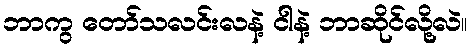
ဘာကွ တော်သလင်းလနဲ့ ငါနဲ့ ဘာဆိုင်လို့လဲ။